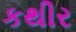
કથીર